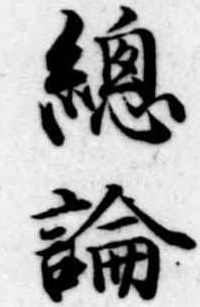
総論